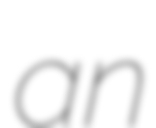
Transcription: an